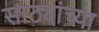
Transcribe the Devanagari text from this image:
साठ्यांच्या